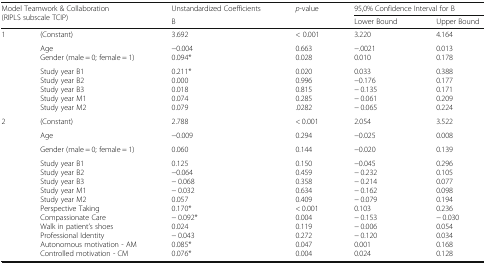
| <ROWSPAN=2-COLSPAN=2> Model Teamwork & Collaboration(RIPLS subscale TCIP) | Unstandardized Coefficients | <ROWSPAN=2> p-value | <COLSPAN=2> 95,0% Confidence Interval for B |
 | B | Lower Bound | Upper Bound |
 | --- | --- | --- | --- | --- | --- |
 | <ROWSPAN=3> 1 | (Constant) | 3.692 | < 0.001 | 3.220 | 4.164 |
 | AgeGender (male = 0; female = 1) | −0.0040.094* | 0.6630.028 | −.00210.010 | 0.0130.178 |
 | Study year B1Study year B2Study year B3Study year M1Study year M2 | 0.211*0.0000.0180.0740.079 | 0.0200.9960.8150.285.0282 | 0.033−0.176− 0.135− 0.061− 0.065 | 0.3880.1770.1710.2090.224 |
 | <ROWSPAN=4> 2 | (Constant) | 2.788 | < 0.001 | 2.054 | 3.522 |
 | Age | −0.009 | 0.294 | −0.025 | 0.008 |
 | Gender (male = 0; female = 1) | 0.060 | 0.144 | −0.020 | 0.139 |
 | Study year B1Study year B2Study year B3Study year M1Study year M2Perspective TakingCompassionate CareWalk in patient’s shoesProfessional IdentityAutonomous motivation - AMControlled motivation - CM | 0.125−0.064− 0.068− 0.0320.0570.170*− 0.092*0.024− 0.0430.085*0.076* | 0.1500.4590.3580.6340.409< 0.0010.0040.1190.2720.0470.004 | −0.045− 0.232− 0.214− 0.162− 0.0790.103− 0.153− 0.006− 0.1200.0010.024 | 0.2960.1050.0770.0980.1940.236− 0.0300.0540.0340.1680.128 |